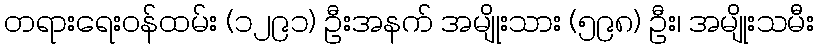
တရားရေးဝန်ထမ်း (၁၂၉၁) ဦးအနက် အမျိုးသား (၅၉၈) ဦး၊ အမျိုးသမီး